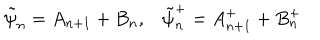
\tilde { \psi } _ { n } = A _ { n + 1 } + B _ { n } , \tilde { \psi } _ { n } ^ { + } = A _ { n + 1 } ^ { + } + B _ { n } ^ { + }